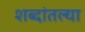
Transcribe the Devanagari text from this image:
शब्दांतल्या